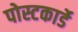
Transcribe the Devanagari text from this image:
पोस्टकार्डे